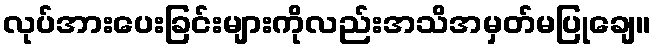
လုပ်အားပေးခြင်းများကိုလည်းအသိအမှတ်မပြုချေ။